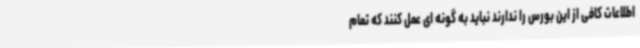
اطلاعات کافی از این بورس را ندارند نباید به گونه ای عمل کنند که تمام